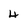
Character: 4